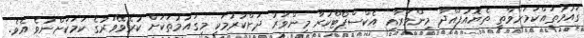
ގައުމުތައްކަމަށްވާތީ ތެޔޮއުފައްދާ މިންވަރާއި އެކްސްޕޯޓްކުރާ މިންވަރު ދަށްކުރުމަކީ މިގައުމުތަކަށް ކުރެވޭވަރުގެ ކަމަކަށްނުވެ އެވެ.